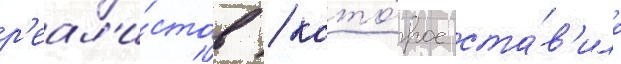
р'еал'и́стов / кото́рое ста́в'ило